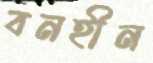
বনহীন